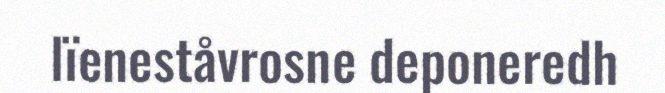
lïeneståvrosne deponeredh